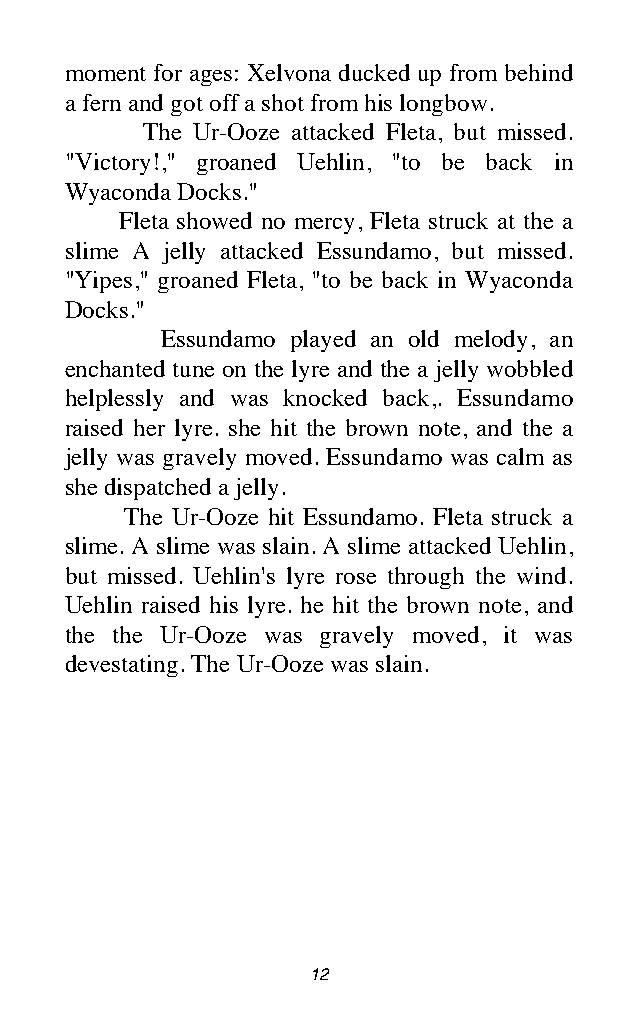
moment for ages: Xelvona ducked up from behind
 a fern and got off a shot from his longbow.
 The Ur-Ooze attacked Fleta, but missed.
 "Victory!," groaned Uehlin, "to be back in
 Wyaconda Docks."
 Fleta showed no mercy, Fleta struck at the a
 slime A jelly attacked Essundamo, but missed.
 "Yipes," groaned Fleta, "to be back in Wyaconda
 Docks."
 Essundamo played an old melody, an
 enchanted tune on the lyre and the a jelly wobbled
 helplessly and was knocked back,. Essundamo
 raised her lyre. she hit the brown note, and the a
 jelly was gravely moved. Essundamo was calm as
 she dispatched a jelly.
 The Ur-Ooze hit Essundamo. Fleta struck a
 slime. A slime was slain. A slime attacked Uehlin,
 but missed. Uehlin's lyre rose through the wind.
 Uehlin raised his lyre. he hit the brown note, and
 the the Ur-Ooze was gravely moved, it was
 devestating. The Ur-Ooze was slain.
 12